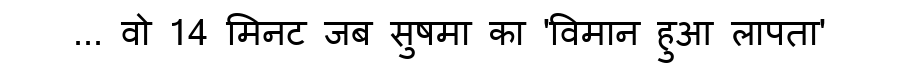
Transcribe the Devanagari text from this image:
... वो 14 मिनट जब सुषमा का 'विमान हुआ लापता'